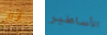
ثم الأساطير